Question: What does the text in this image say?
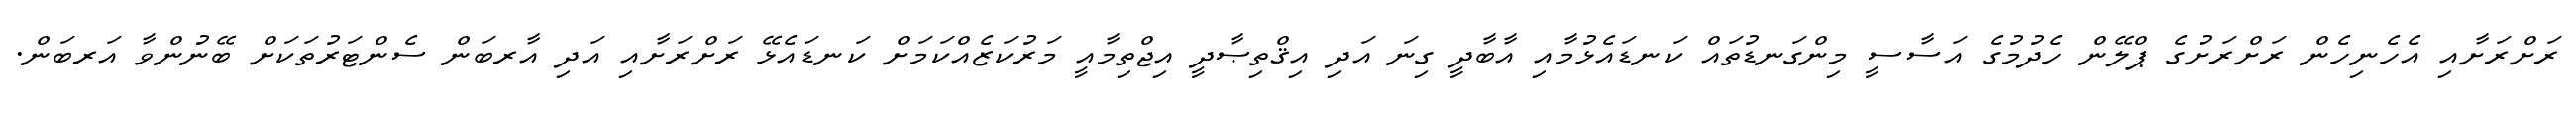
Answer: ރަށްރަށާއި އެހެނިހެން ރަށްރަށުގެ ޕްލޭން ހެދުމުގެ އަސާސީ މިންގަނޑުތައް ކަނޑައެޅުމާއި އާބާދީ ގިނަ އަދި އިޤްތިޞާދީ އިޖްތިމާއީ މަރުކަޒެއްކަމަށް ކަނޑައެޅޭ ރަށްރަށާއި އަދި އާރބަން ސެންޓަރުތަކަށް ބޭނުންވާ އަރބަން.